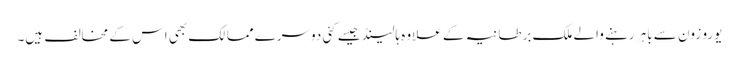
یورو زون سے باہر رہنے والے ملک برطانیہ کے علاوہ ہالینڈ جیسے کئی دوسرے ممالک بھی اس کے مخالف ہیں۔